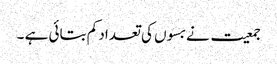
جمعیت نے بسوں کی تعداد کم بتائی ہے ۔